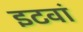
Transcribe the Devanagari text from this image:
इटवां